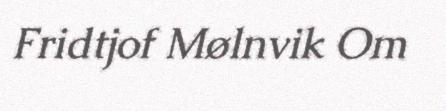
Fridtjof Mølnvik Om